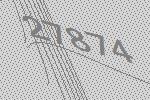
27874